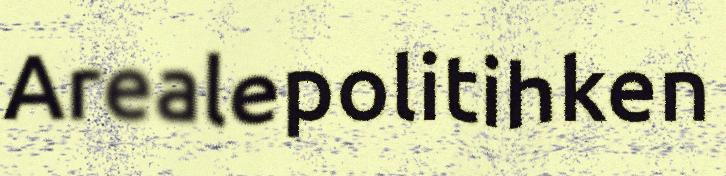
Arealepolitihken